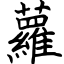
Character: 蘿